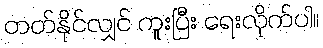
တတ်နိုင်လျှင် ကူးပြီး ရေးလိုက်ပါ။